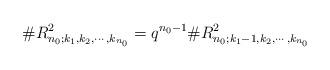
LaTeX: \begin{align*}\#R^2_{n_0;k_1,k_2,\cdots,k_{n_0}}=q^{n_0-1}\#R^2_{n_0;k_1-1,k_2,\cdots,k_{n_0}}\end{align*}